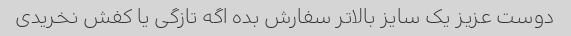
دوست عزیز یک سایز بالاتر سفارش بده اگه تازگی یا کفش نخریدی